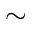
\sim